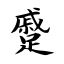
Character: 蹙